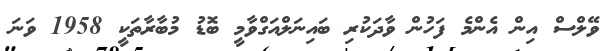
ވޭލްސް އިން އެންމެ ފަހުން ވާދަކުރި ބައިނަލްއަގްވާމީ ބޮޑު މުބާރާތަކީ 1958 ވަނަ